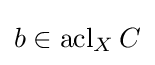
b\in \operatorname {acl} _{X}C